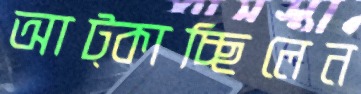
আট্‌কাচ্ছিলেন